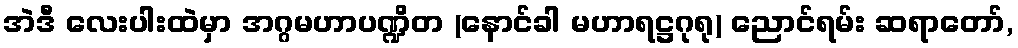
အဲဒီ လေးပါးထဲမှာ အဂ္ဂမဟာပဏ္ဍိတ (နောင်ခါ မဟာရဋ္ဌဂုရု) ညောင်ရမ်း ဆရာတော်,